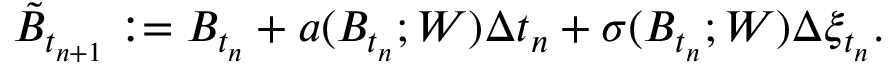
\tilde { B } _ { t _ { n + 1 } } : = B _ { t _ { n } } + a ( B _ { t _ { n } } ; W ) \Delta t _ { n } + \sigma ( B _ { t _ { n } } ; W ) \Delta \xi _ { t _ { n } } .